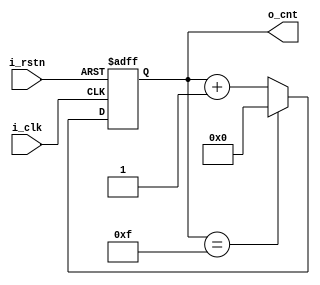
module upcnt 
#(
	parameter	UPBND	= 15
)
(
	output	reg	[$clog2(UPBND+1)-1:0]	o_cnt,
	input								i_clk,
	input								i_rstn
);
	
	always @(posedge i_clk or negedge i_rstn) begin
		if(!i_rstn) begin
			o_cnt <= 0;
		end else begin
			if(o_cnt == UPBND) begin
				o_cnt <= 0;
			end else begin
				o_cnt <= o_cnt + 1;
			end
		end
	end

endmodule